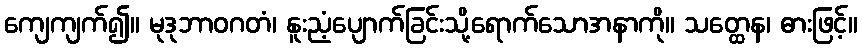
ကျေကျက်၍။ မုဒုဘာဝဂတံ၊ နူးညံ့ပျောက်ခြင်းသို့ရောက်သောအနာကို။ သတ္ထေန၊ ဓားဖြင့်။